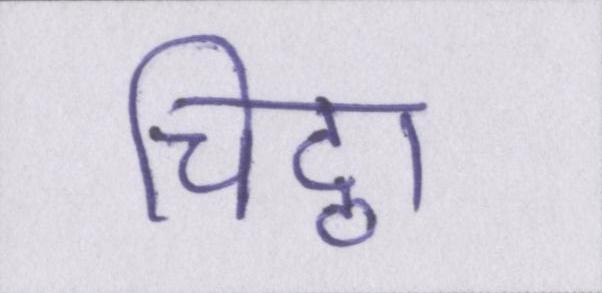
चिट्ठा